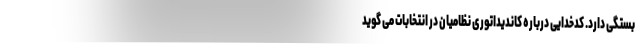
بستگی دارد. کدخدایی درباره کاندیداتوری نظامیان در انتخابات می گوید